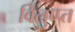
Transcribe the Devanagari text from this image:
विलुप्प्त